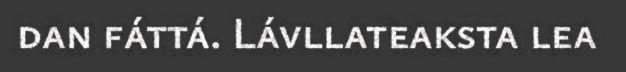
dan fáttá. Lávllateaksta lea